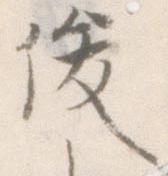
俊